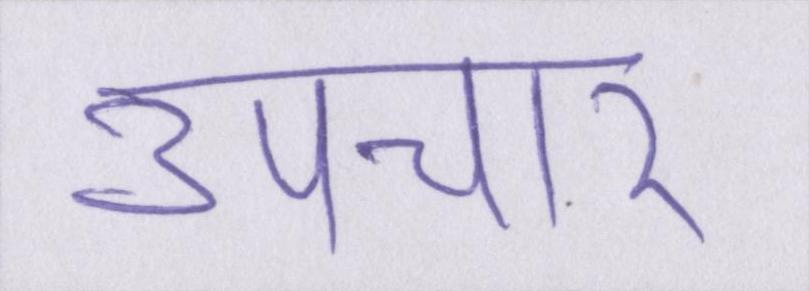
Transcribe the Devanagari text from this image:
उपचार